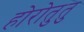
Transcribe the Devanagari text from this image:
होरोतुतु